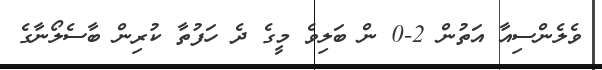
ވެލެންސިއާ އަތުން 2-0 ން ބަލިވެ މީގެ ދެ ހަފުތާ ކުރިން ބާސެލޯނާގެ